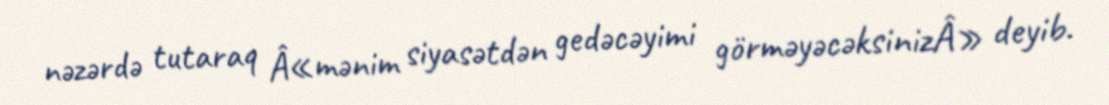
nəzərdə tutaraq Â«mənim siyasətdən gedəcəyimi görməyəcəksinizÂ» deyib.